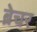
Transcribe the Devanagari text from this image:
ब्रेचर